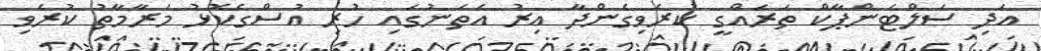
އަދި ސަލްޓަންޕާކް ތަރައްގީ ކުރެވިގެންދާ އިރު އެތަނުގައި ހުރި އުސްގެކޮޅު މަރާމާތު ކުރެވި